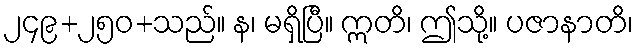
၂၄၉+၂၅၀+သည်။ န၊ မရှိပြီ။ ဣတိ၊ ဤသို့။ ပဇာနာတိ၊